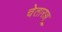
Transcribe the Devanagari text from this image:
चेतारज्जू